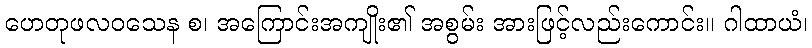
ဟေတုဖလဝသေန စ၊ အကြောင်းအကျိုး၏ အစွမ်း အားဖြင့်လည်းကောင်း။ ဂါထာယံ၊